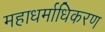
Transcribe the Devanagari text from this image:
महाधर्माधिकरण